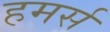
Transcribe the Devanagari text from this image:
हमर्स